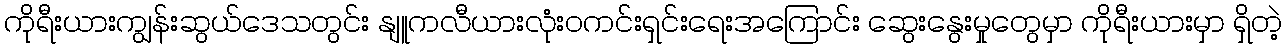
ကိုရီးယားကျွန်းဆွယ်ဒေသတွင်း နျူကလီယားလုံးဝကင်းရှင်းရေးအကြောင်း ဆွေးနွေးမှုတွေမှာ ကိုရီးယားမှာ ရှိတဲ့